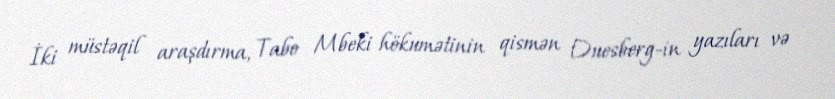
İki müstəqil araşdırma, Tabo Mbeki hökumətinin qismən Duesberg-in yazıları və